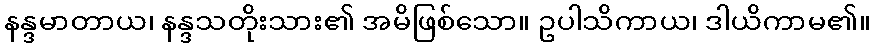
နန္ဒမာတာယ၊ နန္ဒသတိုးသား၏ အမိဖြစ်သော။ ဥပါသိကာယ၊ ဒါယိကာမ၏။